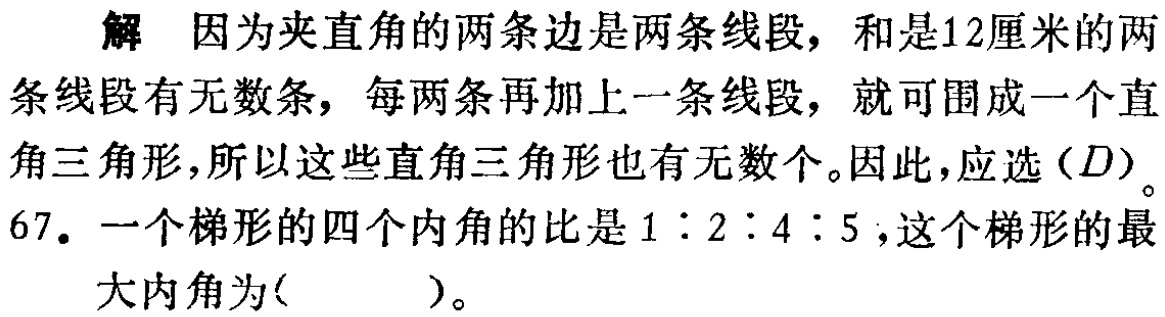
解 因为夹直角的两条边是两条线段，和是12厘米的两条线段有无数条，每两条再加上一条线段，就可围成一个直角三角形，所以这些直角三角形也有无数个。因此，应选$(D)$。
67. 一个梯形的四个内角的比是$1:2:4:5$，这个梯形的最大内角为(  )。